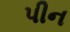
પીન